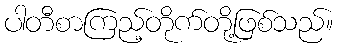
ပါတီစာကြည့်တိုက်တို့ဖြစ်သည်။